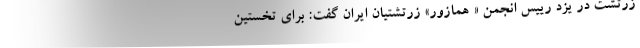
زرتشت در یزد رییس انجمن « همازور» زرتشتیان ایران گفت: برای تخستین